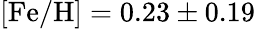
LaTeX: \mathrm{{[Fe/H]=0.23\pm 0.19}}